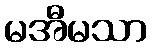
မအီမသာ